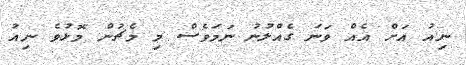
ނިއު އަށް އެއް ވަނަ ގެއްލުނު ނަމަވެސް މި މެޗުން މޮޅުވެ ނިއު